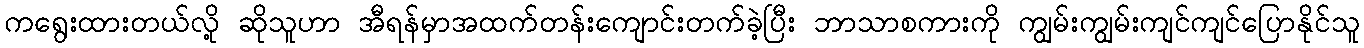
ကရွေးထားတယ်လို့ ဆိုသူဟာ အီရန်မှာအထက်တန်းကျောင်းတက်ခဲ့ပြီး ဘာသာစကားကို ကျွမ်းကျွမ်းကျင်ကျင်ပြောနိုင်သူ